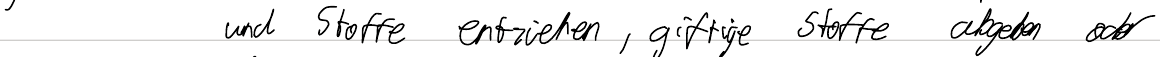
und Stoffe entziehen, giftige Stoffe abgeben oder